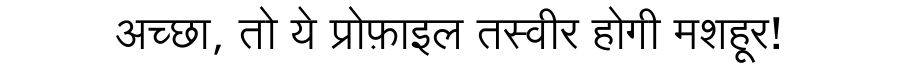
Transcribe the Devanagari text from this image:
अच्छा, तो ये प्रोफ़ाइल तस्वीर होगी मशहूर!